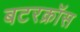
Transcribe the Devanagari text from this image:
बटरक्रॉस